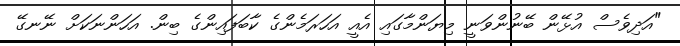
"އަދިވެސް އުޅޭން ބޭނުންވަނީ މިޔަންމާގައި އެއީ އަހަރަމެންގެ ކާބަފައިންގެ ބިން. އަހަންނަކަށް ނޭނގޭ